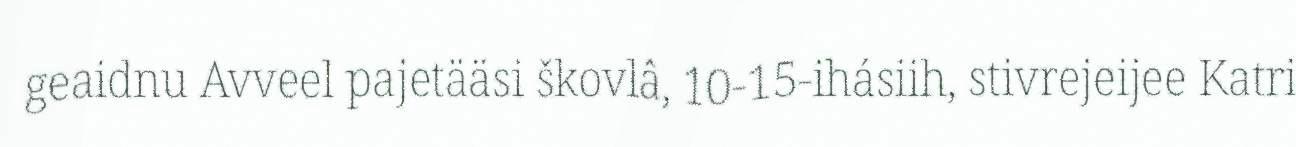
geaidnu Avveel pajetääsi škovlâ, 10-15-ihásiih, stivrejeijee Katri